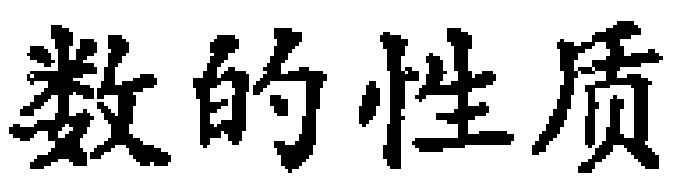
数的性质